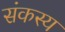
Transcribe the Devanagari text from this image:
संकस्य